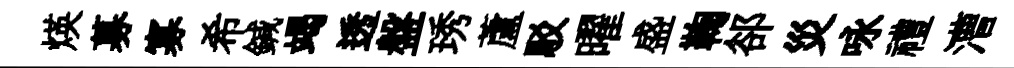
煐募寡希鍼竭透盤琇蘆駁曜盛鞠郤災咏禮漕